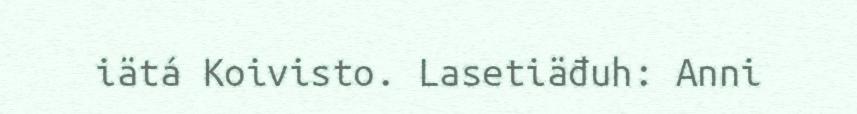
iätá Koivisto. Lasetiäđuh: Anni